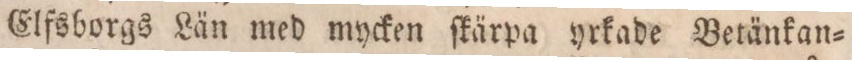
Elfsborgs Län med mycken ſkärpa yrkade Betänkan=